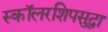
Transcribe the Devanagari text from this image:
स्कॉलरशिपसुद्धा